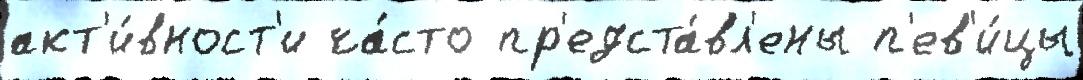
акт'и́вност'и ча́сто пр'едста́вл'ены п'ев'и́цы